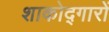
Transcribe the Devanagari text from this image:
शाकोद्गारों